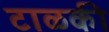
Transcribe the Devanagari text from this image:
टाळकी